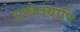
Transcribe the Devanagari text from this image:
सखेऽद्यापि